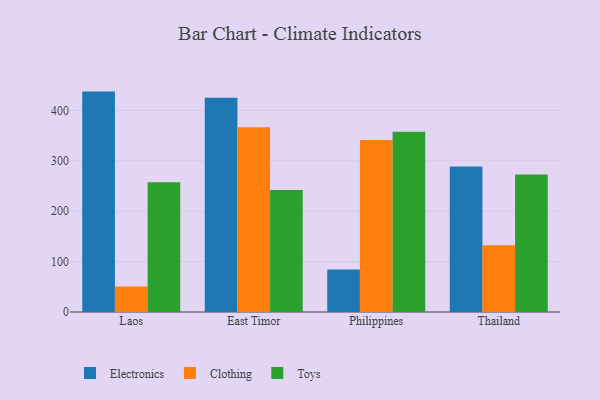
{"axis": {"x": "Country", "y": "Temperature (°C)"}, "legend": ["Clothing", "Electronics", "Toys"], "data": [{"x": "Laos", "y": 437.6, "type": "Electronics"}, {"x": "Laos", "y": 50.7, "type": "Clothing"}, {"x": "Laos", "y": 257.4, "type": "Toys"}, {"x": "East Timor", "y": 425.5, "type": "Electronics"}, {"x": "East Timor", "y": 366.7, "type": "Clothing"}, {"x": "East Timor", "y": 242.3, "type": "Toys"}, {"x": "Philippines", "y": 84.3, "type": "Electronics"}, {"x": "Philippines", "y": 341.7, "type": "Clothing"}, {"x": "Philippines", "y": 357.9, "type": "Toys"}, {"x": "Thailand", "y": 288.8, "type": "Electronics"}, {"x": "Thailand", "y": 132.3, "type": "Clothing"}, {"x": "Thailand", "y": 273.0, "type": "Toys"}]}